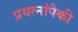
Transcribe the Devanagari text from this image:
प्रयत्नांपैकी